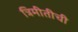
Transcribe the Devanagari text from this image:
त्रिमीतीची